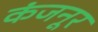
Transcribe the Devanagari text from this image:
कंजनूर